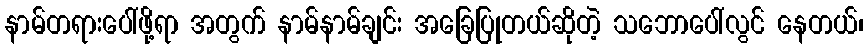
နာမ်တရားပေါ်ဖို့ရာ အတွက် နာမ်နာမ်ချင်း အခြေပြုတယ်ဆိုတဲ့ သဘောပေါ်လွင် နေတယ်၊